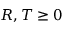
R , T \geq 0